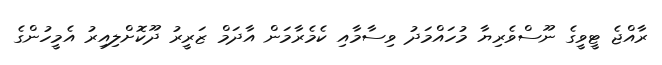
ރާއްޖެ ޓީވީގެ ނޫސްވެރިޔާ މުހައްމަދު ވިސާމާއި ކެމެރާމަން އާދަމް ޒަރީރު ދޫކޮށްލިއިރު އެމީހުންގެ